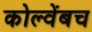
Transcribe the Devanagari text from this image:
कोल्वेंबच